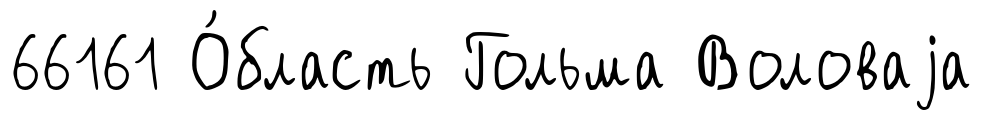
66161 О́бласть Гольма Воловаjа